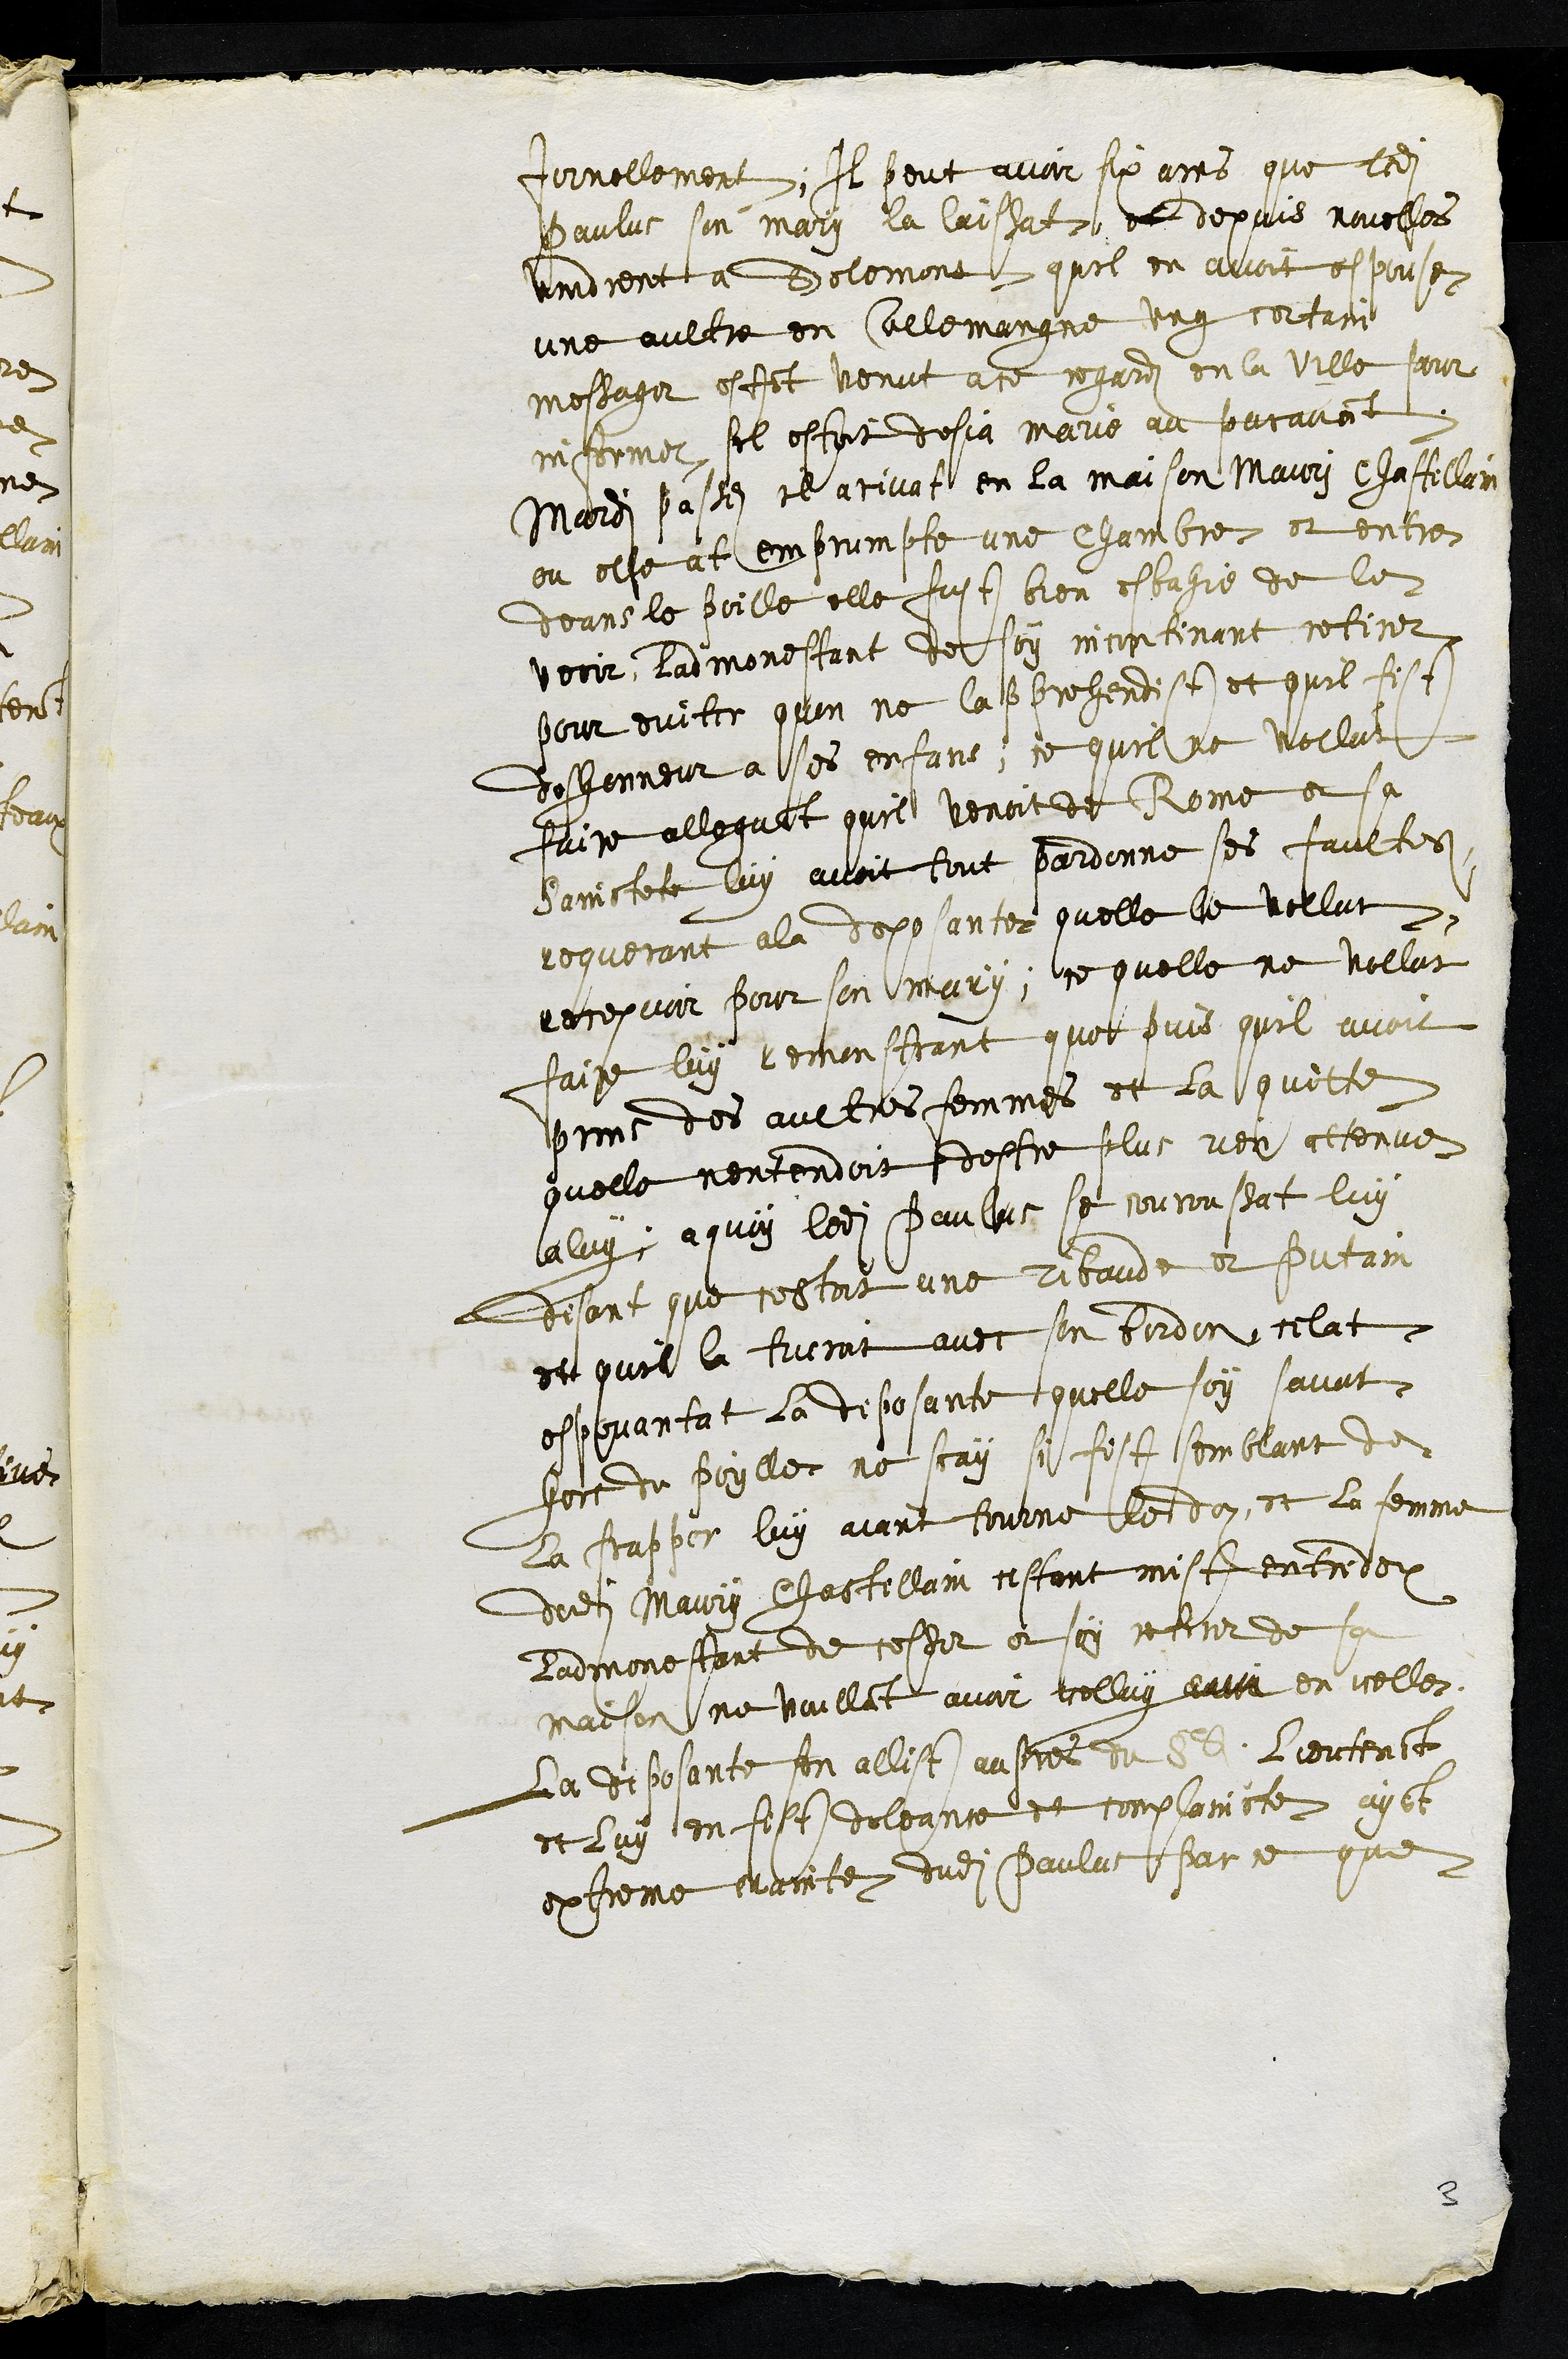
jornellement, Il peut avoir six ans que ledit
Paulus son mary la laissat et depuis novelles
vindrent a Delemont quil en avoit espouse
une aultre en allemangne ung certain
messager estant venut a ce regard en la ville pour
informer sil estoit desja marie au paravant
Mardi passez il arivat en la maison Mauri chastellain
ou elle at emprumpte une chambre et entra
deans le poille elle fust bien esbahie de le
veoir, l'admonestant de soy incontinant retirer
pour eviter quon ne lapprehendist et quil fist
deshonneur a ses enfans, ce quil ne vollut
faire alleguant quil venoit de Rome et sa
Sainctete, luy avoit tout pardonne ses faultes
requerant a la deposante quelle le vollut
recepvoir pour son mary, ce quelle ne vollut
faire luy remonstrant que puis quil avoit
prins des aultres femmes et la quitte
quelle nentendoit destre plus rien attenue
a luy a quoy ledit Paulus se couroussat luy
disant que cestoit une ribaude et putain
et quil la tueroit avec son bordon celat
espovantat la deposante quelle soy savat
hors du poille ne scay si fist semblant de
la frapper luy aiant tourne le dos, et la femme
dudit Maury Chastellain cestant mist entre deux
ladmonestant de cesser et soy retirer de sa
maison ne vuillant avoir icelluy atta en icelles
La deposante sen allist aupres de Sr Lieutenant
et luy en fist doleance et complaincte ayant
extreme crainte dudit Paulus par ce que
3